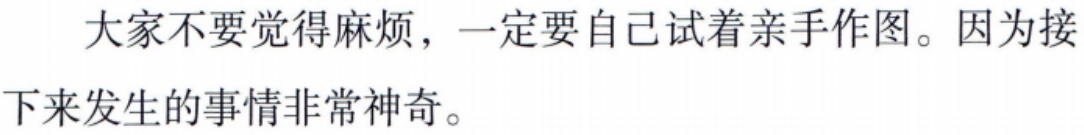
大家不要觉得麻烦，一定要自己试着亲手作图。因为接下来发生的事情非常神奇。